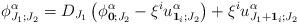
LaTeX: \begin{align*}\phi^{\alpha}_{J_1;J_2}=D_{J_1}\left(\phi^{\alpha}_{\bold{0};J_2}-\xi^iu^{\alpha}_{\bold{1}_i;J_2}\right)+\xi^iu^{\alpha}_{J_1+\bold{1}_i;J_2}\end{align*}